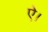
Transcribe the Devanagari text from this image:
ऐ।